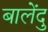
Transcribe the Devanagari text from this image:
बालेंदु